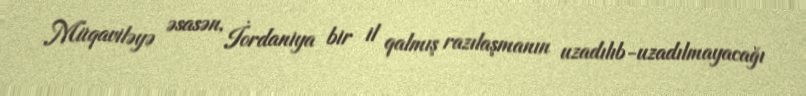
Müqaviləyə əsasən, İordaniya bir il qalmış razılaşmanın uzadılıb-uzadılmayacağı